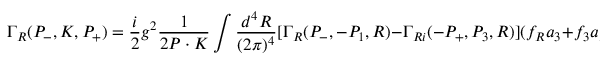
\Gamma _ { R } ( P _ { - } , K , P _ { + } ) = \frac { i } { 2 } g ^ { 2 } \frac { 1 } { 2 P \cdot K } \int \frac { d ^ { 4 } R } { ( 2 \pi ) ^ { 4 } } [ \Gamma _ { R } ( P _ { - } , - P _ { 1 } , R ) - \Gamma _ { R i } ( - P _ { + } , P _ { 3 } , R ) ] ( f _ { R } a _ { 3 } + f _ { 3 } a _ { R } )